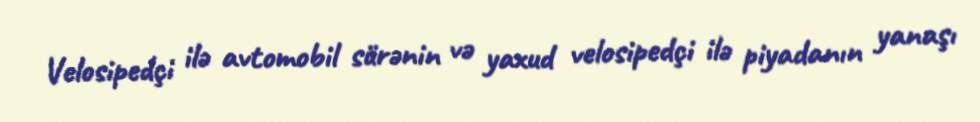
Velosipedçi ilə avtomobil sürənin və yaxud velosipedçi ilə piyadanın yanaşı